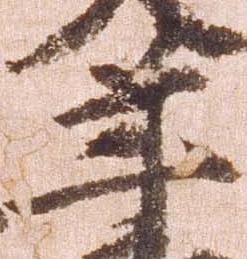
年